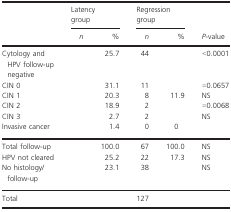
<table><thead><tr><td>[EMPTY_CELL]</td><td colspan="2"><b>Latency group</b></td><td colspan="2"><b>Regression group</b></td><td rowspan="2"><b><i>P</i>-value</b></td></tr><tr><td>[EMPTY_CELL]</td><td><b><i>n</i></b></td><td><b>%</b></td><td><b><i>n</i></b></td><td><b>%</b></td></tr></thead><tbody><tr><td>Cytology and HPV follow-up negative</td><td>[EMPTY_CELL]</td><td>25.7</td><td>44</td><td>[EMPTY_CELL]</td><td>&lt;0.0001</td></tr><tr><td>CIN 0</td><td>[EMPTY_CELL]</td><td>31.1</td><td>11</td><td>[EMPTY_CELL]</td><td>=0.0657</td></tr><tr><td>CIN 1</td><td>[EMPTY_CELL]</td><td>20.3</td><td>8</td><td>11.9</td><td>NS</td></tr><tr><td>CIN 2</td><td>[EMPTY_CELL]</td><td>18.9</td><td>2</td><td>[EMPTY_CELL]</td><td>=0.0068</td></tr><tr><td>CIN 3</td><td>[EMPTY_CELL]</td><td>2.7</td><td>2</td><td>[EMPTY_CELL]</td><td>NS</td></tr><tr><td>Invasive cancer</td><td>[EMPTY_CELL]</td><td>1.4</td><td>0</td><td>0</td><td>[EMPTY_CELL]</td></tr><tr><td>Total follow-up</td><td>[EMPTY_CELL]</td><td>100.0</td><td>67</td><td>100.0</td><td>NS</td></tr><tr><td>HPV not cleared</td><td>[EMPTY_CELL]</td><td>25.2</td><td>22</td><td>17.3</td><td>NS</td></tr><tr><td>No histology/follow-up</td><td>[EMPTY_CELL]</td><td>23.1</td><td>38</td><td>[EMPTY_CELL]</td><td>NS</td></tr><tr><td>Total</td><td>[EMPTY_CELL]</td><td>[EMPTY_CELL]</td><td>127</td><td>[EMPTY_CELL]</td><td>[EMPTY_CELL]</td></tr></tbody></table>